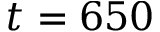
t = 6 5 0